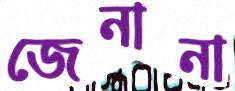
জেনানা